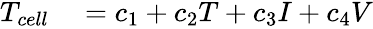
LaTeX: \begin{array}{rl}{T_{cell}}&{{}=c_{1}+c_{2}T+c_{3}I+c_{4}V}\end{array}